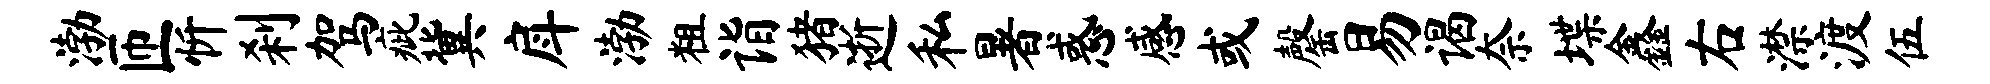
渤匝忻刹驾疵冀戽渤粗诣猪逝私暑惑感或罄易谒奈堞鑫右潸渡伍